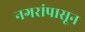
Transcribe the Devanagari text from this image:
नगरांपासून